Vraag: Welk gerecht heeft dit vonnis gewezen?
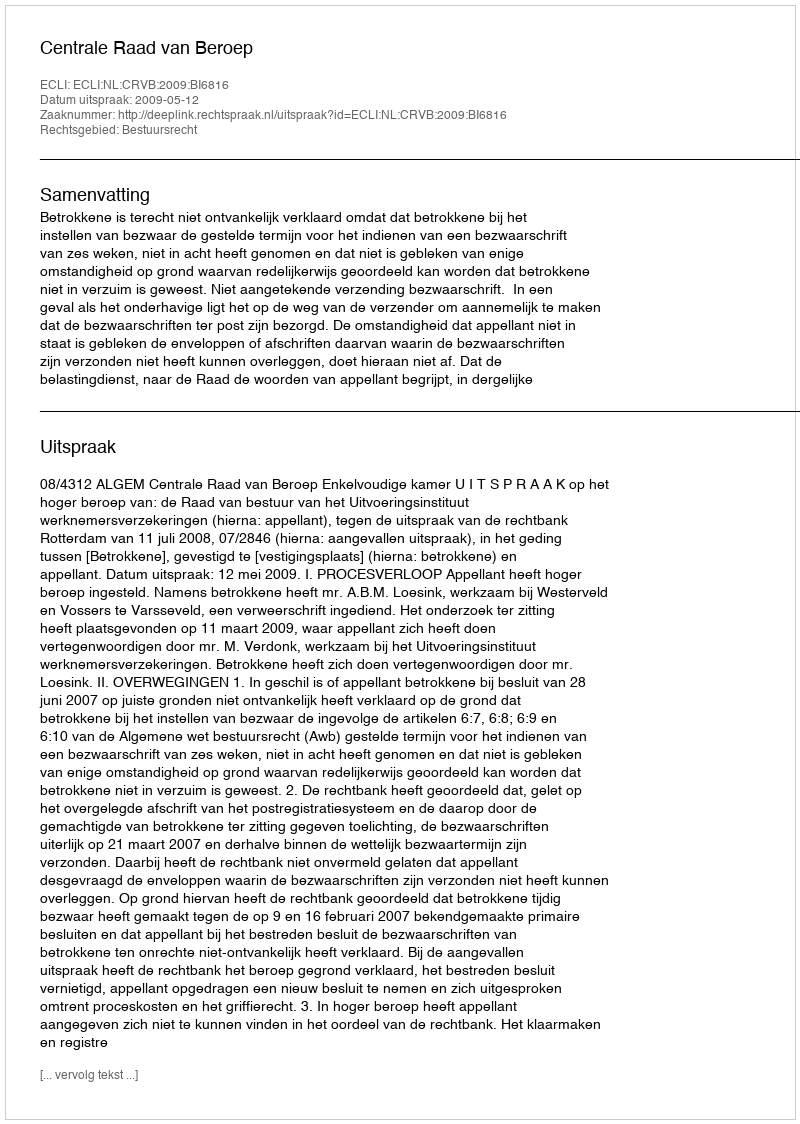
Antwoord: Centrale Raad van Beroep